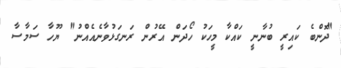
"ދޮންބެ ކައިރީ ބުނާނީ ކައްކާ މީހަކު ހޯދަން އޭރުން ރަނގަޅުވާނެއެއްނު" ޔޫހާ ސަމާސާ